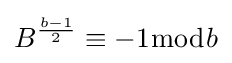
B^{\frac {b-1}{2}}\equiv -1{\bmod {b}}